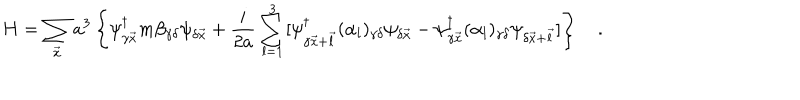
H = \sum _ { \vec { x } } a ^ { 3 } \left\{ \psi _ { \gamma \vec { x } } ^ { \dagger } m \beta _ { \gamma \delta } \psi _ { \delta \vec { x } } + \frac { i } { 2 a } \sum _ { l = 1 } ^ { 3 } [ \psi _ { \gamma \vec { x } + \vec { l } } ^ { \dagger } ( \alpha _ { l } ) _ { \gamma \delta } \psi _ { \delta \vec { x } } - \psi _ { \gamma \vec { x } } ^ { \dagger } ( \alpha _ { l } ) _ { \gamma \delta } \psi _ { \delta \vec { x } + \vec { l } } ] \right\} \quad .